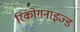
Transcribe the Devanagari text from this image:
रिकोगनाइज्ड